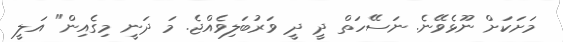
މަށަކަށް ނޫޅެވޭނެ. ނަސޭހަތް ދީ ދީ ވަރުބަލިވެއްޖެ. މަ ދަނީ މިގެއިން" އަލީ